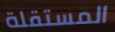
المستقلة